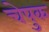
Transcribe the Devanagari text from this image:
चेपुक